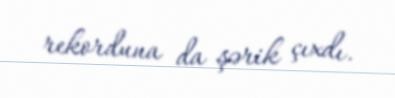
rekorduna da şərik çıxdı.